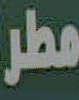
مطر